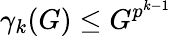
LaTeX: \gamma_{k}(G)\leq G^{p^{k-1}}